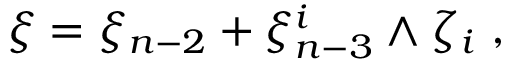
\xi = \xi _ { n - 2 } + \xi _ { n - 3 } ^ { i } \wedge \zeta _ { i } \ ,